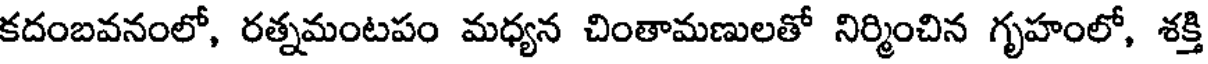
కదంబవనంలో, రత్నమంటపం మధ్యన చింతామణులతో నిర్మించిన గృహంలో, శక్తి